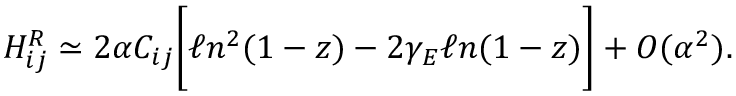
{ \cal H } _ { i j } ^ { R } \simeq 2 \alpha C _ { i j } \biggl [ \ell n ^ { 2 } ( 1 - z ) - 2 \gamma _ { E } \ell n ( 1 - z ) \biggr ] + { \cal O } ( \alpha ^ { 2 } ) .